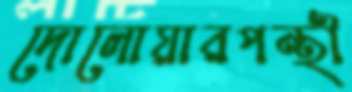
দোলোয়ারপন্থী